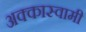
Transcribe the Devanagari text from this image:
अक्कास्वामी